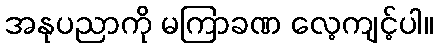
အနုပညာကို မကြာခဏ လေ့ကျင့်ပါ။